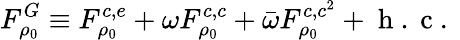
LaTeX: F_{\rho_{0}}^{G}\equiv F_{\rho_{0}}^{c,e}+\omega F_{\rho_{0}}^{c,c}+\bar{\omega}F_{\rho_{0}}^{c,c^{2}}+\mathrm{~h~.~c~.~}